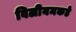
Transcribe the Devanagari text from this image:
विलीयमकडे